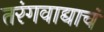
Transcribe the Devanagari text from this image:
तरंगवाद्याचं